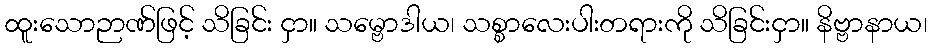
ထူးသောဉာဏ်ဖြင့် သိခြင်း ငှာ။ သမ္ဗောဒါယ၊ သစ္စာလေးပါးတရားကို သိခြင်းငှာ။ နိဗ္ဗာနာယ၊